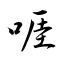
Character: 啀